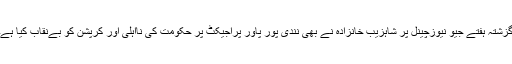
گزشتہ ہفتے جیو نیوزچینل پر شاہزیب خانزادہ نے بھی نندی پور پاور پراجیکٹ پر حکومت کی نااہلی اور کرپشن کو بےنقاب کیا ہے۔